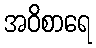
အဝိစာရေ